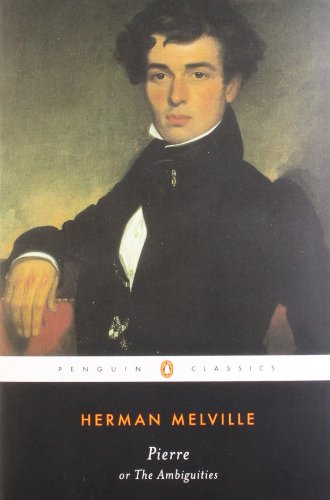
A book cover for Pierre: or, The Ambiguities (Penguin Classics); Herman Melville; Literature & Fiction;